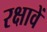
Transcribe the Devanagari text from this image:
रक्षावें